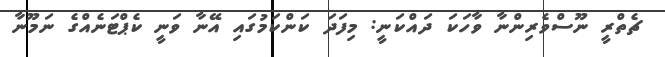
ޗެތްރީ ނޫސްވެރިންނާ ވާހަކަ ދައްކަނީ: މިފަދަ ކަންކަމުގައި އޭނާ ވަނީ ކެޕްޓަނެއްގެ ނަމޫނާ